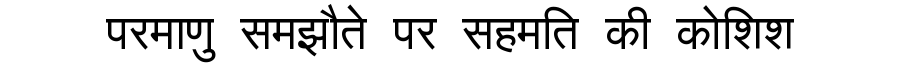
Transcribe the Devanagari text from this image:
परमाणु समझौते पर सहमति की कोशिश